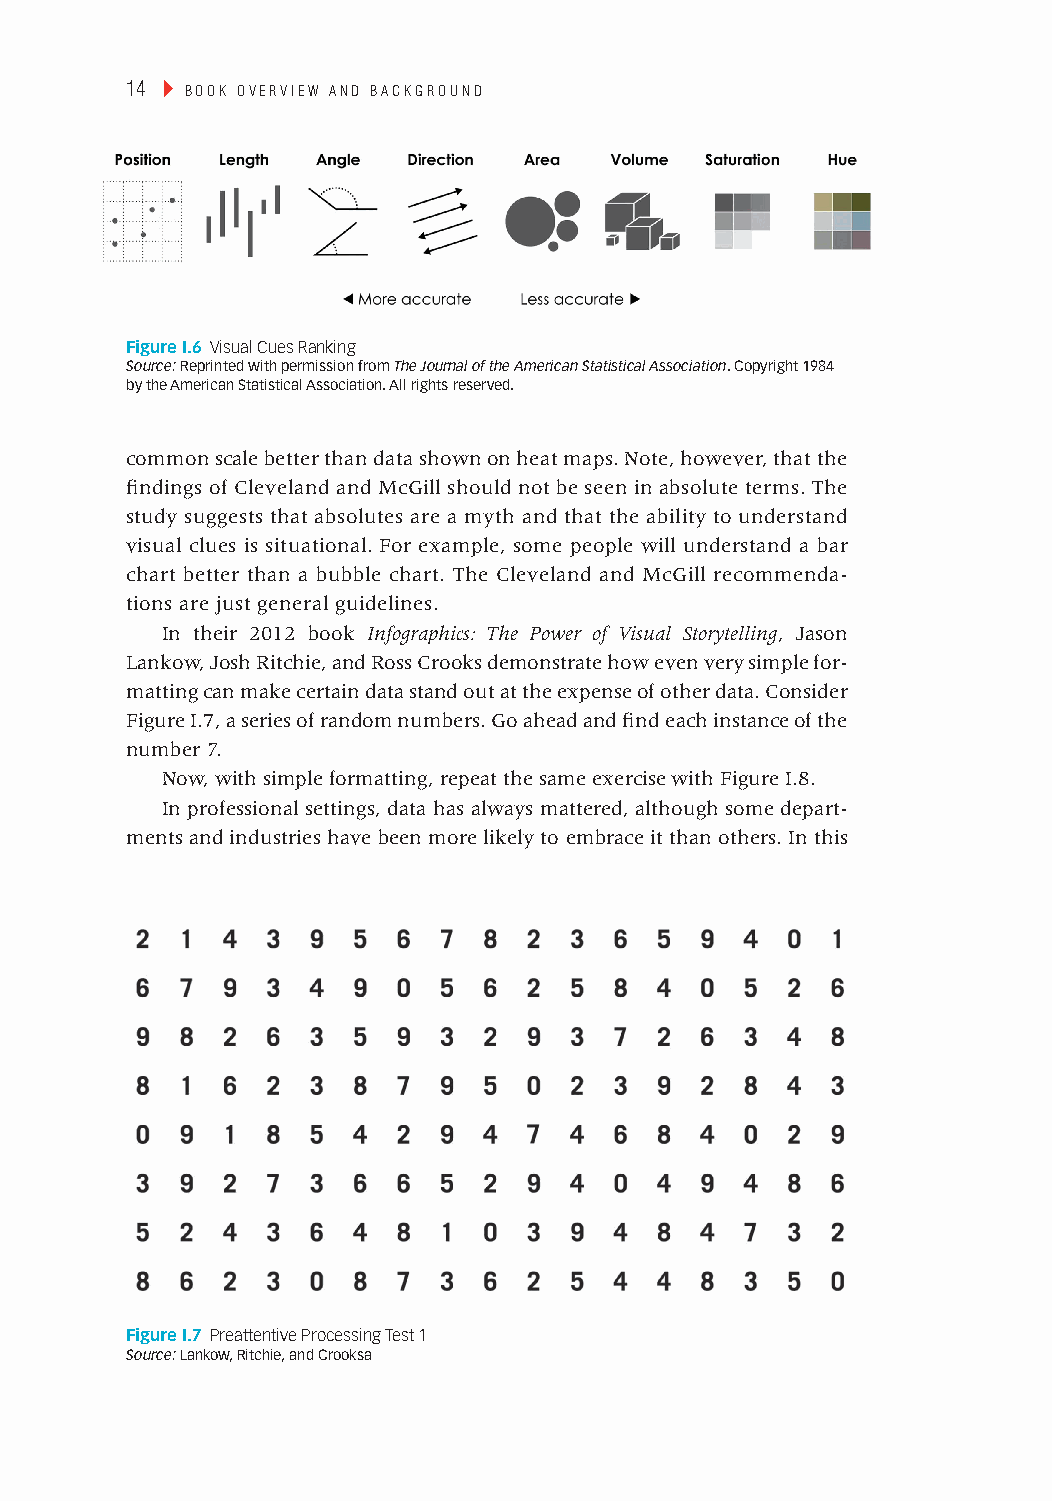
14 ▸ Book overview and Background
 Figure I.6 Visual Cues ranking
 Source: Reprinted with permission from The Journal of the American Statistical Association. Copyright 1984
 by the American Statistical Association. All rights reserved.
 common scale better than data shown on heat maps. Note, however, that the
 findings of Cleveland and McGill should not be seen in absolute terms. The
 study suggests that absolutes are a myth and that the ability to understand
 visual clues is situational. For example, some people will understand a bar
 chart better than a bubble chart. The Cleveland and McGill recommenda-
 tions are just general guidelines.
 In their 2012 book Infographics: The Power of Visual Storytelling, Jason
 Lankow, Josh Ritchie, and Ross Crooks demonstrate how even very simple for-
 matting can make certain data stand out at the expense of other data. Consider
 Figure I.7, a series of random numbers. Go ahead and find each instance of the
 number 7.
 Now, with simple formatting, repeat the same exercise with Figure I.8.
 In professional settings, data has always mattered, although some depart-
 ments and industries have been more likely to embrace it than others. In this
 Figure I.7 Preattentive Processing test 1
 Source: Lankow, Ritchie, and Crooksa
 cintro 14                                                 January 28, 2014 9:50 PM